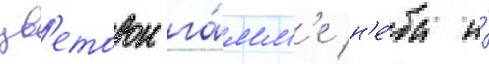
цв'етовои га́мм'е н'е́ба и́